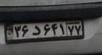
۳۶د۶۴۱۷۷